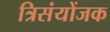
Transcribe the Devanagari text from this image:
त्रिसंयोंजक